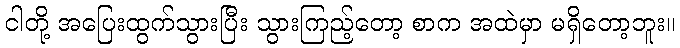
ငါတို့ အပြေးထွက်သွားပြီး သွားကြည့်တော့ စာက အထဲမှာ မရှိတော့ဘူး။